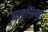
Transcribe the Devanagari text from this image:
साहसिका